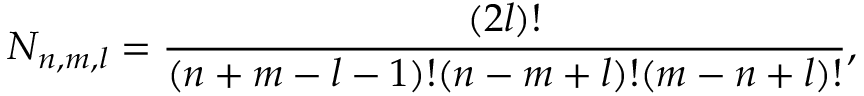
N _ { n , m , l } = \frac { ( 2 l ) ! } { ( n + m - l - 1 ) ! ( n - m + l ) ! ( m - n + l ) ! } ,